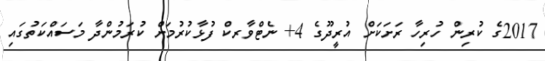
2017ގެ ކުރިން ހުރިހާ ރަށަކަށް އުރީދޫގެ 4+ ނެޓްވާރކް ފުޅާކުރުމަށް ކުރަމުންދާ މަސައްކަތުގައި